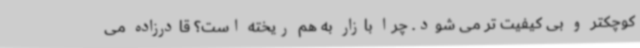
کوچکتر و بی کیفیت تر می شود. چرا بازار به هم ریخته است؟ قادرزاده می